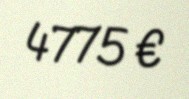
4775 €